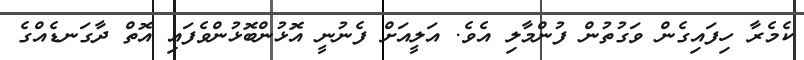
ކެމެރާ ހިފައިގެން ވަގުތުން ފުންމާލި އެވެ. އަލީއަށް ފެނުނީ އޮޅުންބޮޅުންވެފައި އޮތް ދާގަނޑެއްގެ